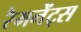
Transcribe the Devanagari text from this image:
रैमनेंट्स